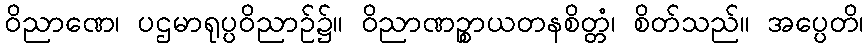
ဝိညာဏေ၊ ပဌမာရုပ္ပဝိညာဉ်၌။ ဝိညာဏဉ္စာယတနစိတ္တံ၊ စိတ်သည်။ အပ္ပေတိ၊